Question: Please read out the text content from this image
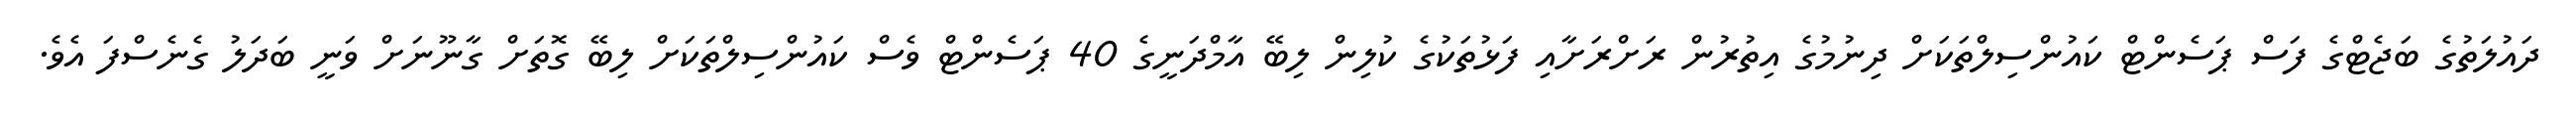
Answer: ދައުލަތުގެ ބަޖެޓްގެ ފަސް ޕަސެންޓް ކައުންސިލްތަކަށް ދިނުމުގެ އިތުރުން ރަށްރަށާއި ފަޅުތަކުގެ ކުލިން ލިބޭ އާމްދަނީގެ 40 ޕަސެންޓް ވެސް ކައުންސިލްތަކަށް ލިބޭ ގޮތަށް ގާނޫނަށް ވަނީ ބަދަލު ގެނެސްފަ އެވެ.